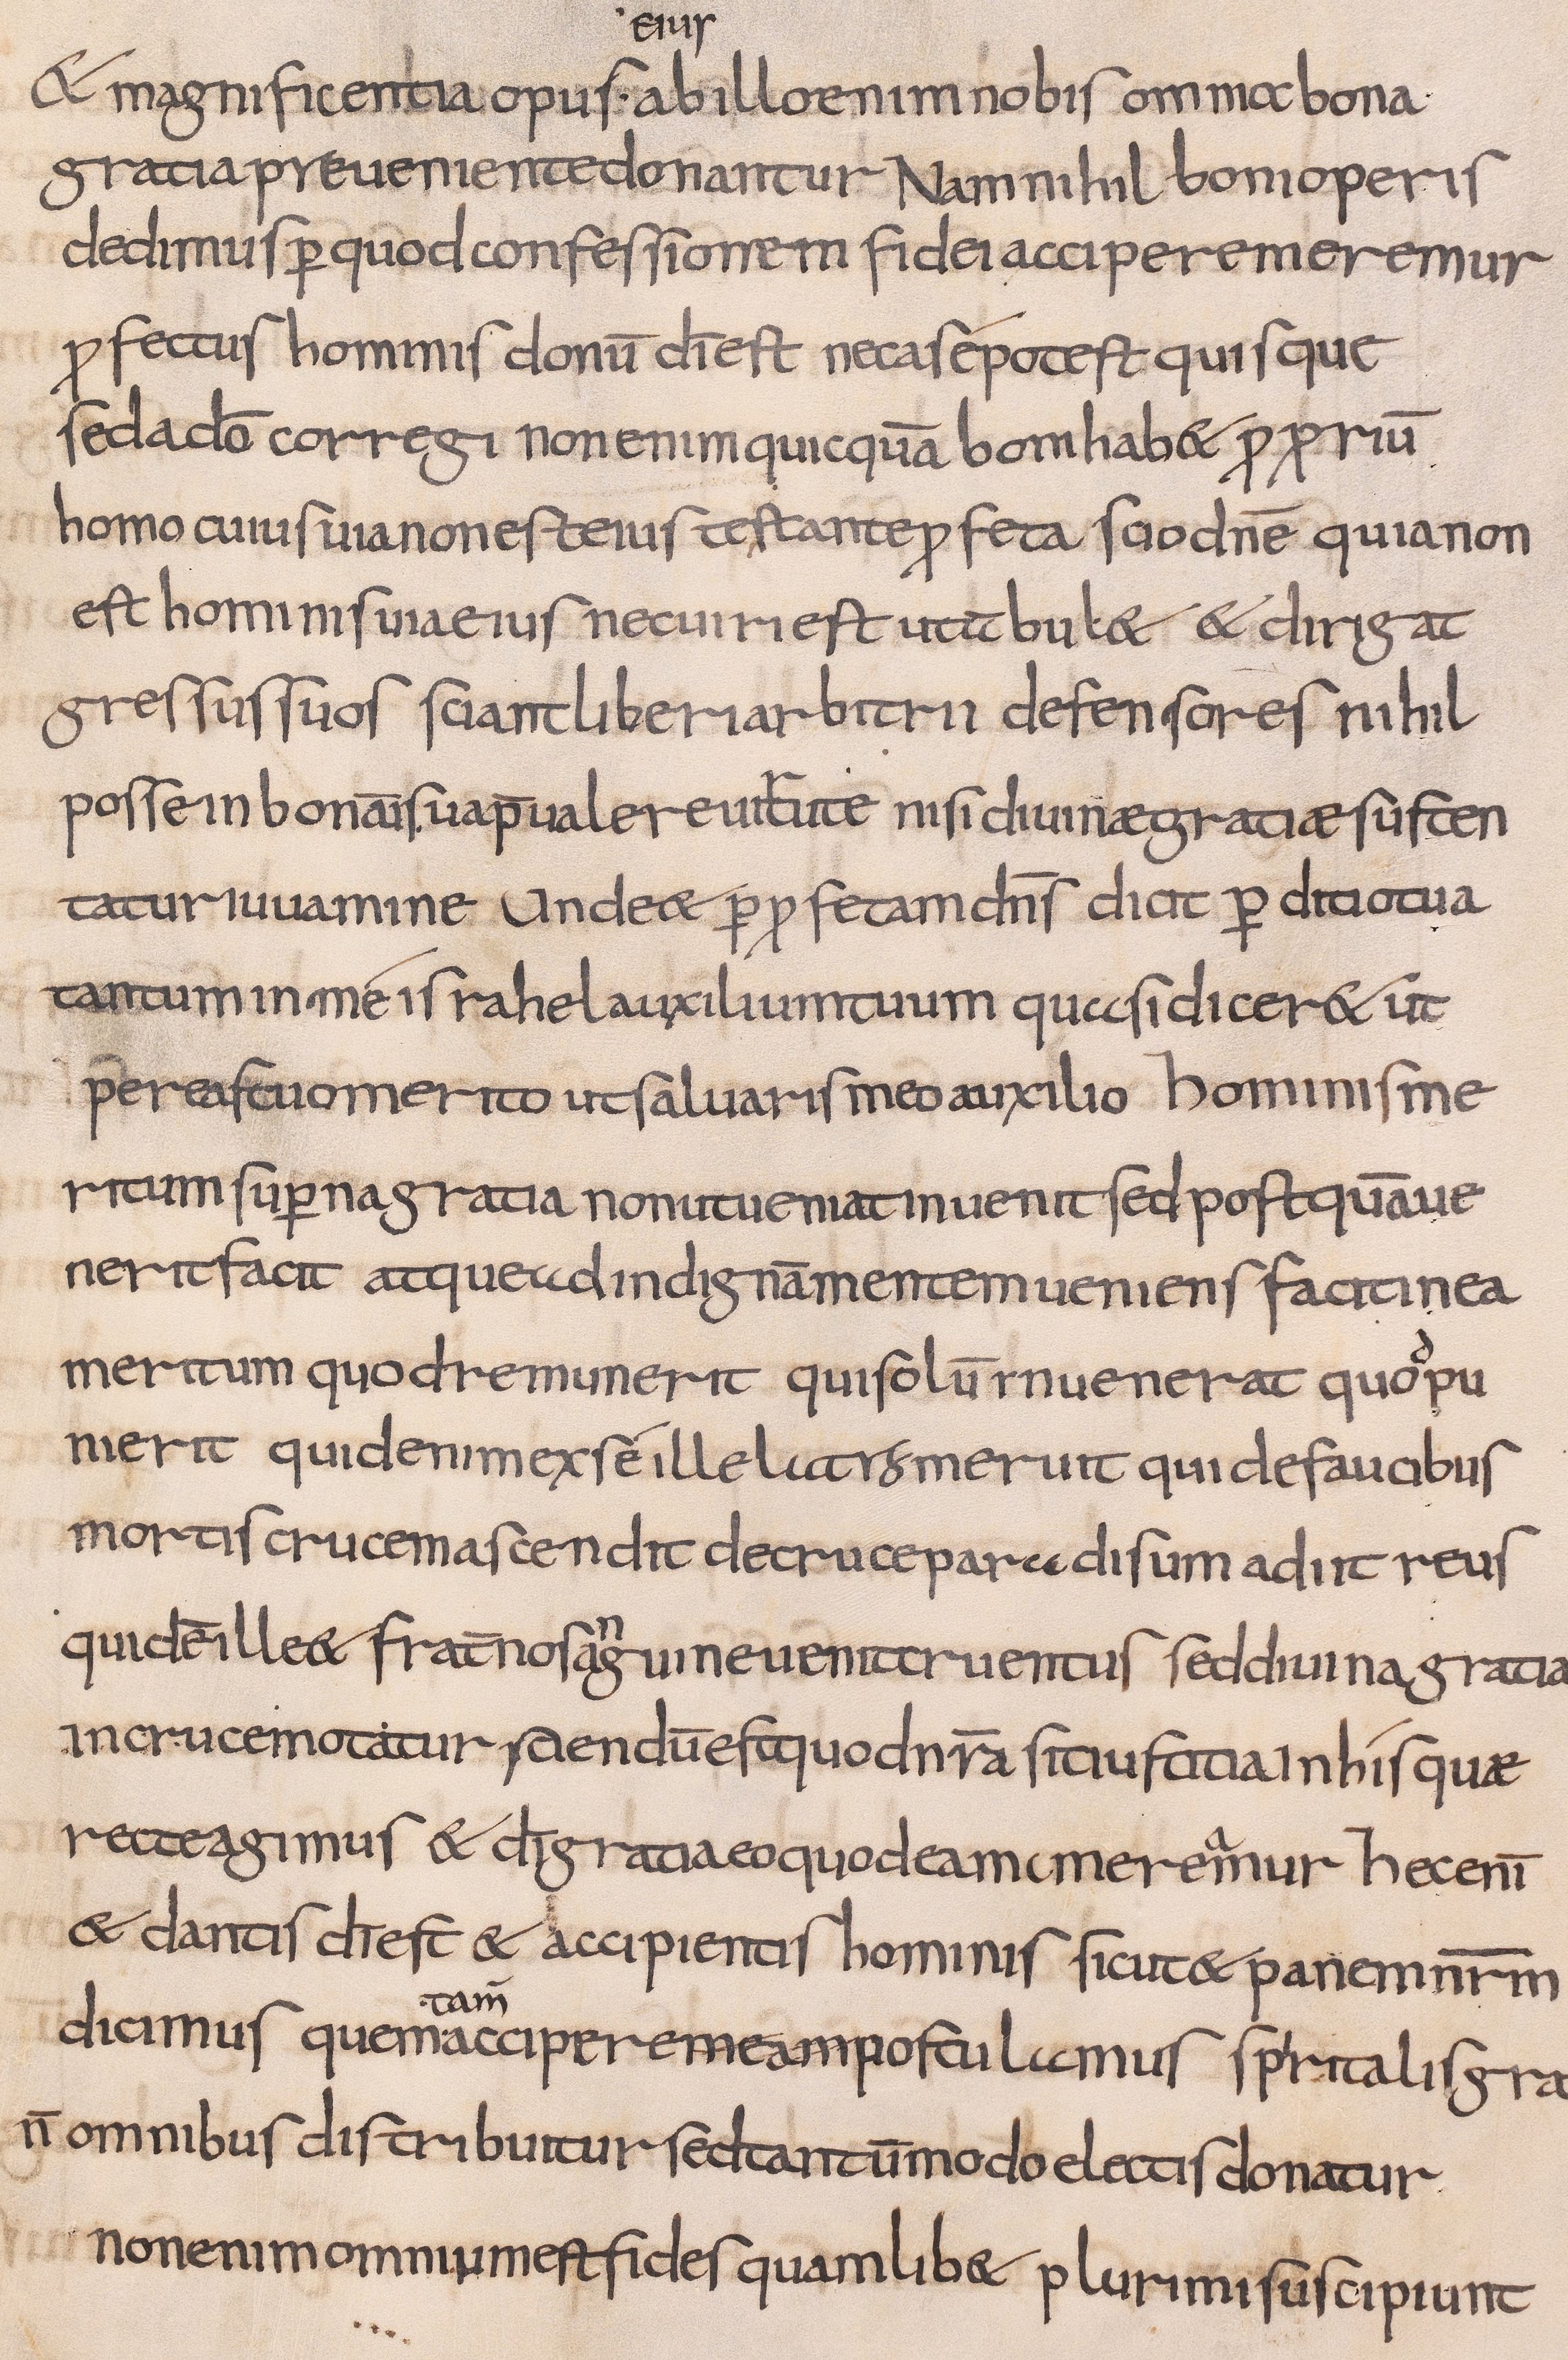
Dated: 800–832